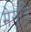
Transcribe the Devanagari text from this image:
मेगृति